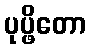
ပုပ္ဖိတော